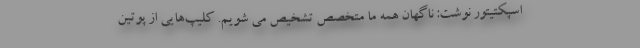
اسپکتیتور نوشت: ناگهان همه ما متخصص تشخیص می شویم. کلیپ‌هایی از پوتین